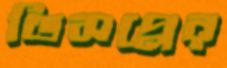
ডিসপ্লের